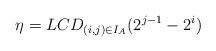
LaTeX: \begin{align*}\eta=LCD_{(i,j)\in I_A}(2^{j-1}-2^i)\end{align*}